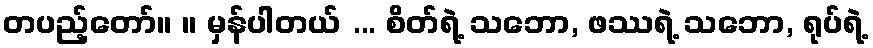
တပည့်တော်။ ။ မှန်ပါတယ် ... စိတ်ရဲ့ သဘော, ဖဿရဲ့ သဘော, ရုပ်ရဲ့